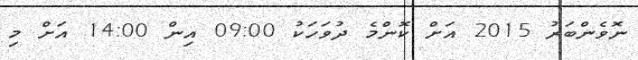
ނޮވެންބަރު 2015 އަށް ކޮންމެ ދުވަހަކު 09:00 އިން 14:00 އަށް މި